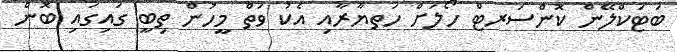
ބަޓަކްލޭން ކޮންސަރޓް ހޯލަށް ހަތޔާރާއި އެކު ވަތް މީހުން ތިބީ ގައިގައި ބޮން